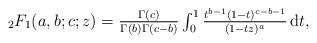
LaTeX: \begin{align*}\textstyle \null_2F_1(a,b; c;z) = \frac{\Gamma(c)}{\Gamma(b)\Gamma(c-b)} \int_0^1 \frac{t^{b-1} (1-t)^{c-b-1}}{(1-tz)^a} \,\mathrm dt,\end{align*}